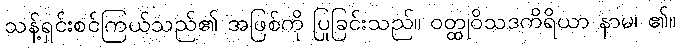
သန့်ရှင်းစင်ကြယ်သည်၏ အဖြစ်ကို ပြုခြင်းသည်။ ဝတ္ထုဝိသဒကိရိယာ နာမ၊ ၏။